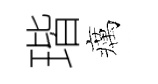
瑎癘